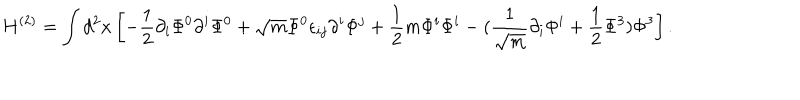
LaTeX: H ^ { ( 2 ) } = \int d ^ { 2 } x \left[ - \frac { 1 } { 2 } \partial _ { i } \Phi ^ { 0 } \partial ^ { i } \Phi ^ { 0 } + \sqrt { m } \Phi ^ { 0 } \epsilon _ { i j } \partial ^ { i } \Phi ^ { j } + \frac { 1 } { 2 } m \Phi ^ { i } \Phi ^ { i } - ( \frac { 1 } { \sqrt { m } } \partial _ { i } \Phi ^ { i } + \frac { 1 } { 2 } \Phi ^ { 3 } ) \Phi ^ { 3 } \right] .